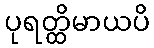
ပုရတ္ထိမာယပိ